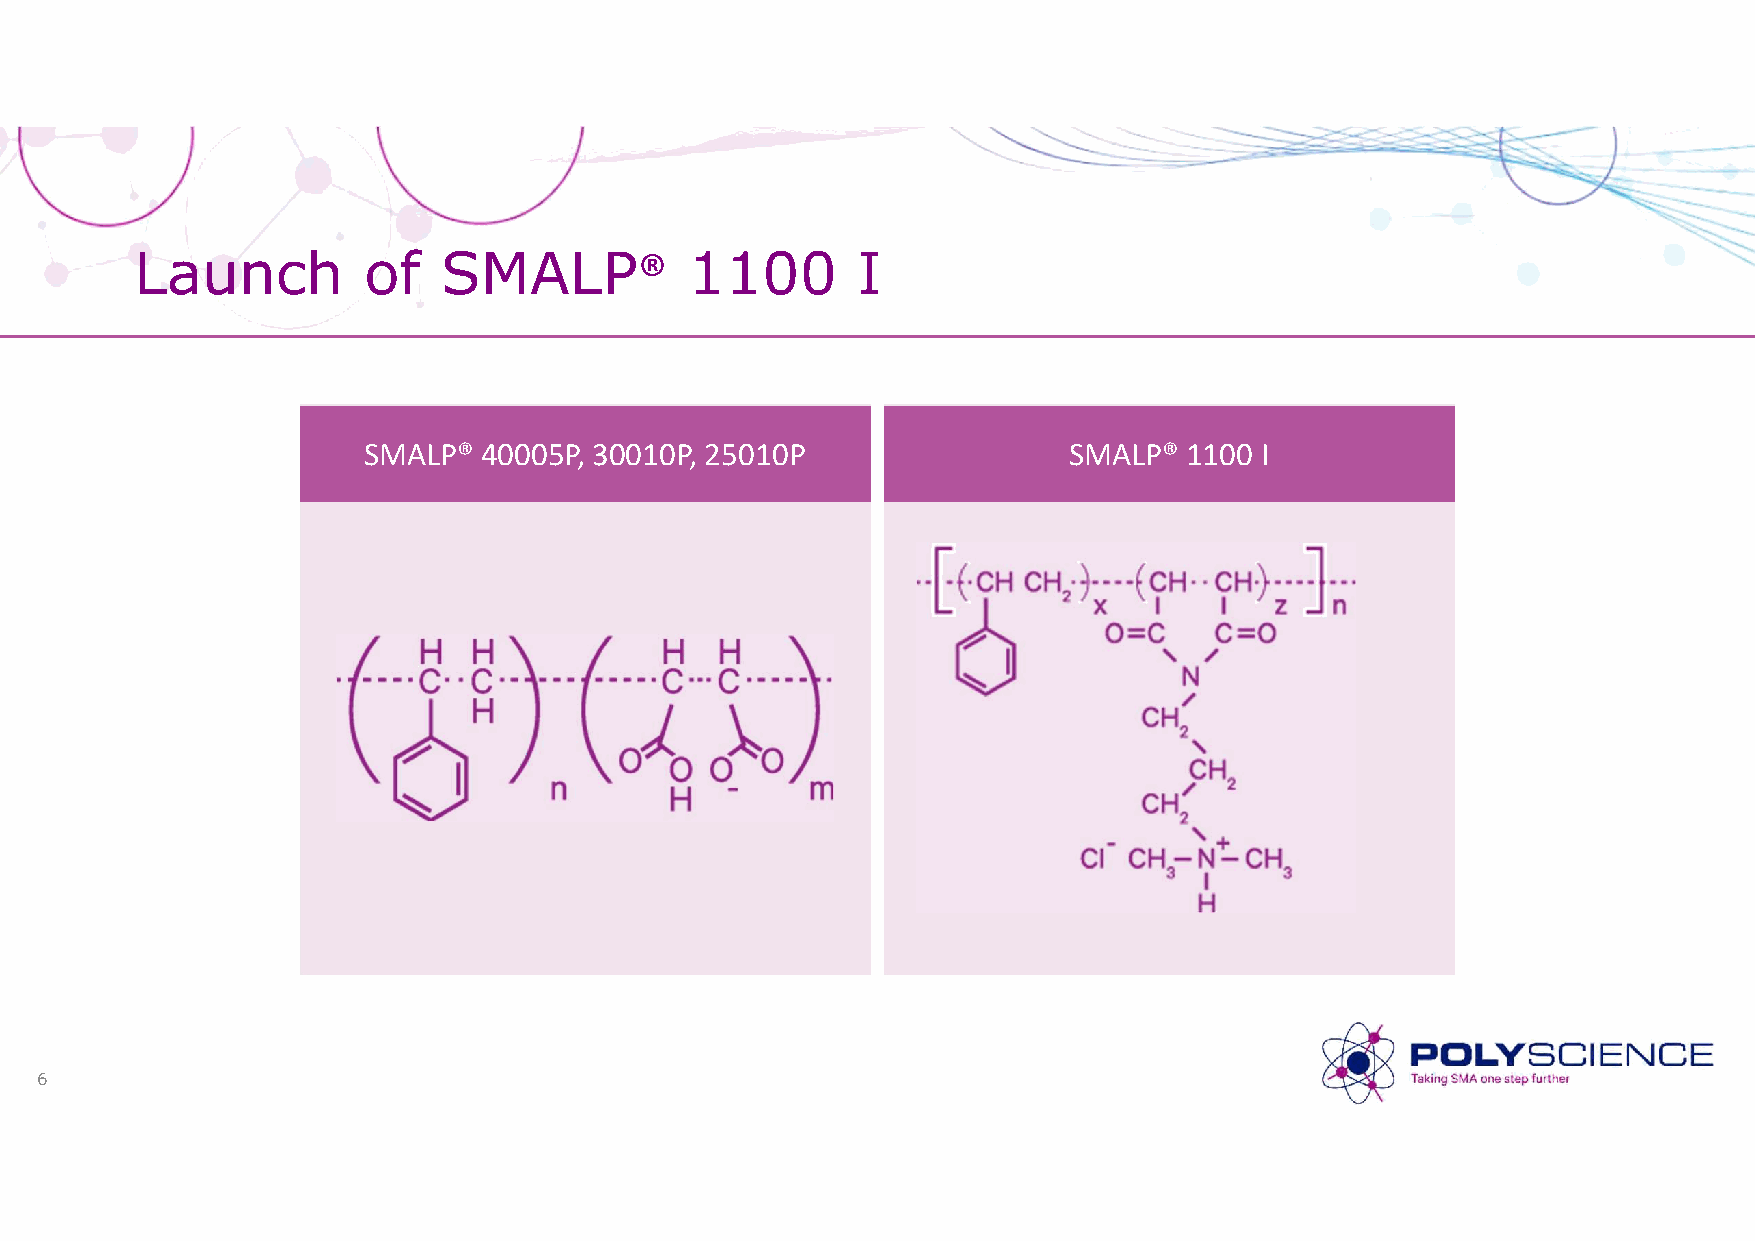
Launch         of   SMALP®           1100       I
 SMALP®  40005P, 30010P, 25010P                 SMALP®  1100 I
 6